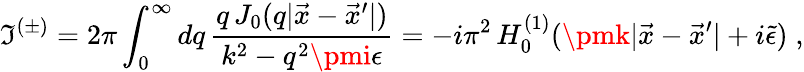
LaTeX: \mathfrak{I}^{(\pm)}=2\pi\int_{0}^{\infty}dq\, \frac{{q\, J_{0}(q|\vec{{x}}-\vec{{x}}^{\prime}|)}}{{k^{2}-q^{2}\pmi\epsilon}}=-i\pi^{2}\, H_{0}^{(1)}(\pmk|\vec{{x}}-\vec{{x}}^{\prime}|+i\tilde{{\epsilon}})\; ,